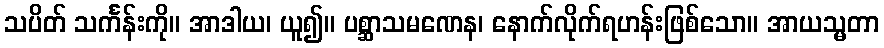
သပိတ် သင်္ကန်းကို။ အာဒါယ၊ ယူ၍။ ပစ္ဆာသမဏေန၊ နောက်လိုက်ရဟန်းဖြစ်သော။ အာယသ္မတာ